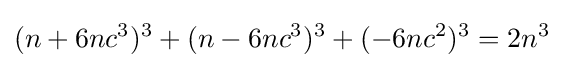
(n+6nc^{3})^{3}+(n-6nc^{3})^{3}+(-6nc^{2})^{3}=2n^{3}